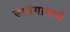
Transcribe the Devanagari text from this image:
उपांगामध्ये